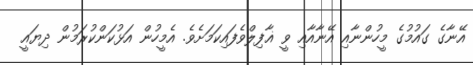
އޭނާގެ ގައުމުގެ މީހުންނާއި އޭނާއާއި ވީ ޣާފިލްވެފައިކަމަށެވެ. އެމީހުން އަޅުކަންކުރަމުން ދިޔައީ